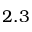
2 . 3